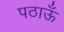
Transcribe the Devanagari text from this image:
पठाऊँ